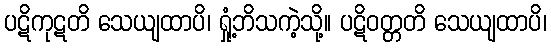
ပဋိကုဋတိ သေယျထာပိ၊ ရှုံ့ဘိသကဲ့သို့။ ပဋိဝတ္တတိ သေယျထာပိ၊